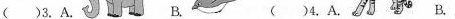
()3.A. B. ()4.A. B.